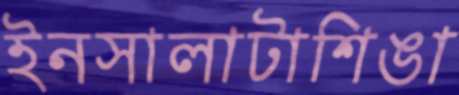
ইনসালাটাশিঙা